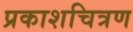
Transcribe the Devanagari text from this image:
प्रकाशचित्रण